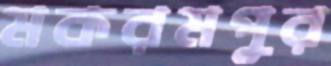
মকরমপুর